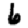
Digit: 6